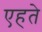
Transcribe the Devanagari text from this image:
एहते